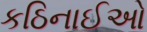
કઠિનાઈઓ